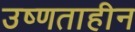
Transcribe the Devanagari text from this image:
उष्णताहीन